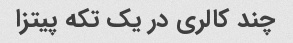
چند کالری در یک تکه پیتزا